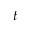
t